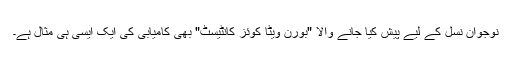
نوجوان نسل کے لیے پیش کیا جانے والا "بورن ویٹا کوئز کانٹیسٹ" بھی کامیابی کی ایک ایسی ہی مثال ہے۔